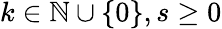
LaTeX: k\in\mathbb{N}\cup\{ 0\} ,s\geq 0